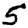
Digit: 5